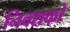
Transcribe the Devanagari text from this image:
निवशकों